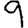
Digit: 9